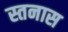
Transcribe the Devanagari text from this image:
स्तनास